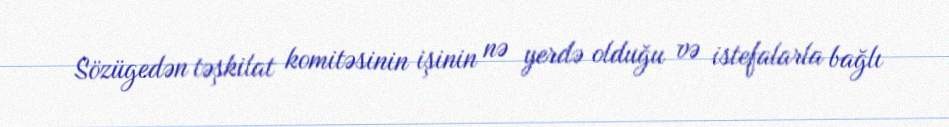
Sözügedən təşkilat komitəsinin işinin nə yerdə olduğu və istefalarla bağlı